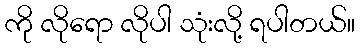
ကို လိုရော လိုပါ သုံးလို့ ရပါတယ်။